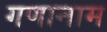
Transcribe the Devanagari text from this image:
गणानाम